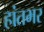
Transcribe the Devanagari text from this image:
हांतभर